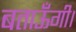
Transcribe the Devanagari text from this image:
बताऊँगी।